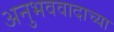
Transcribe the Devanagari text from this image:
अनुभववादाच्या